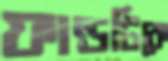
ফান্ডটিকে